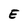
Character: E